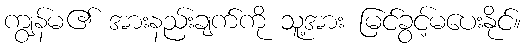
ကျွန်မ၏ အားနည်းချက်ကို သူ့အား မြင်ခွင့်မပေးနိုင်။